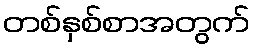
တစ်နှစ်စာအတွက်